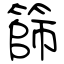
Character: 篩